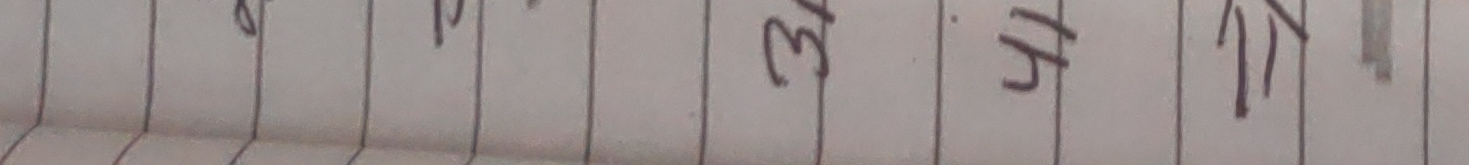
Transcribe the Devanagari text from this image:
२२।
३१
५१